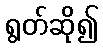
ရွတ်ဆို၍